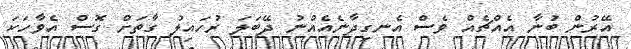
އޭރުން ބުނާ އެއްޗެއް ވެސް އެނގިދާނެއެއްނު ދޭބަލަ ރުހައިލު ގާތަށް ގޮސް އެވާހަކަ